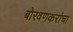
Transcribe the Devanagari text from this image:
बोरवणकरांचा